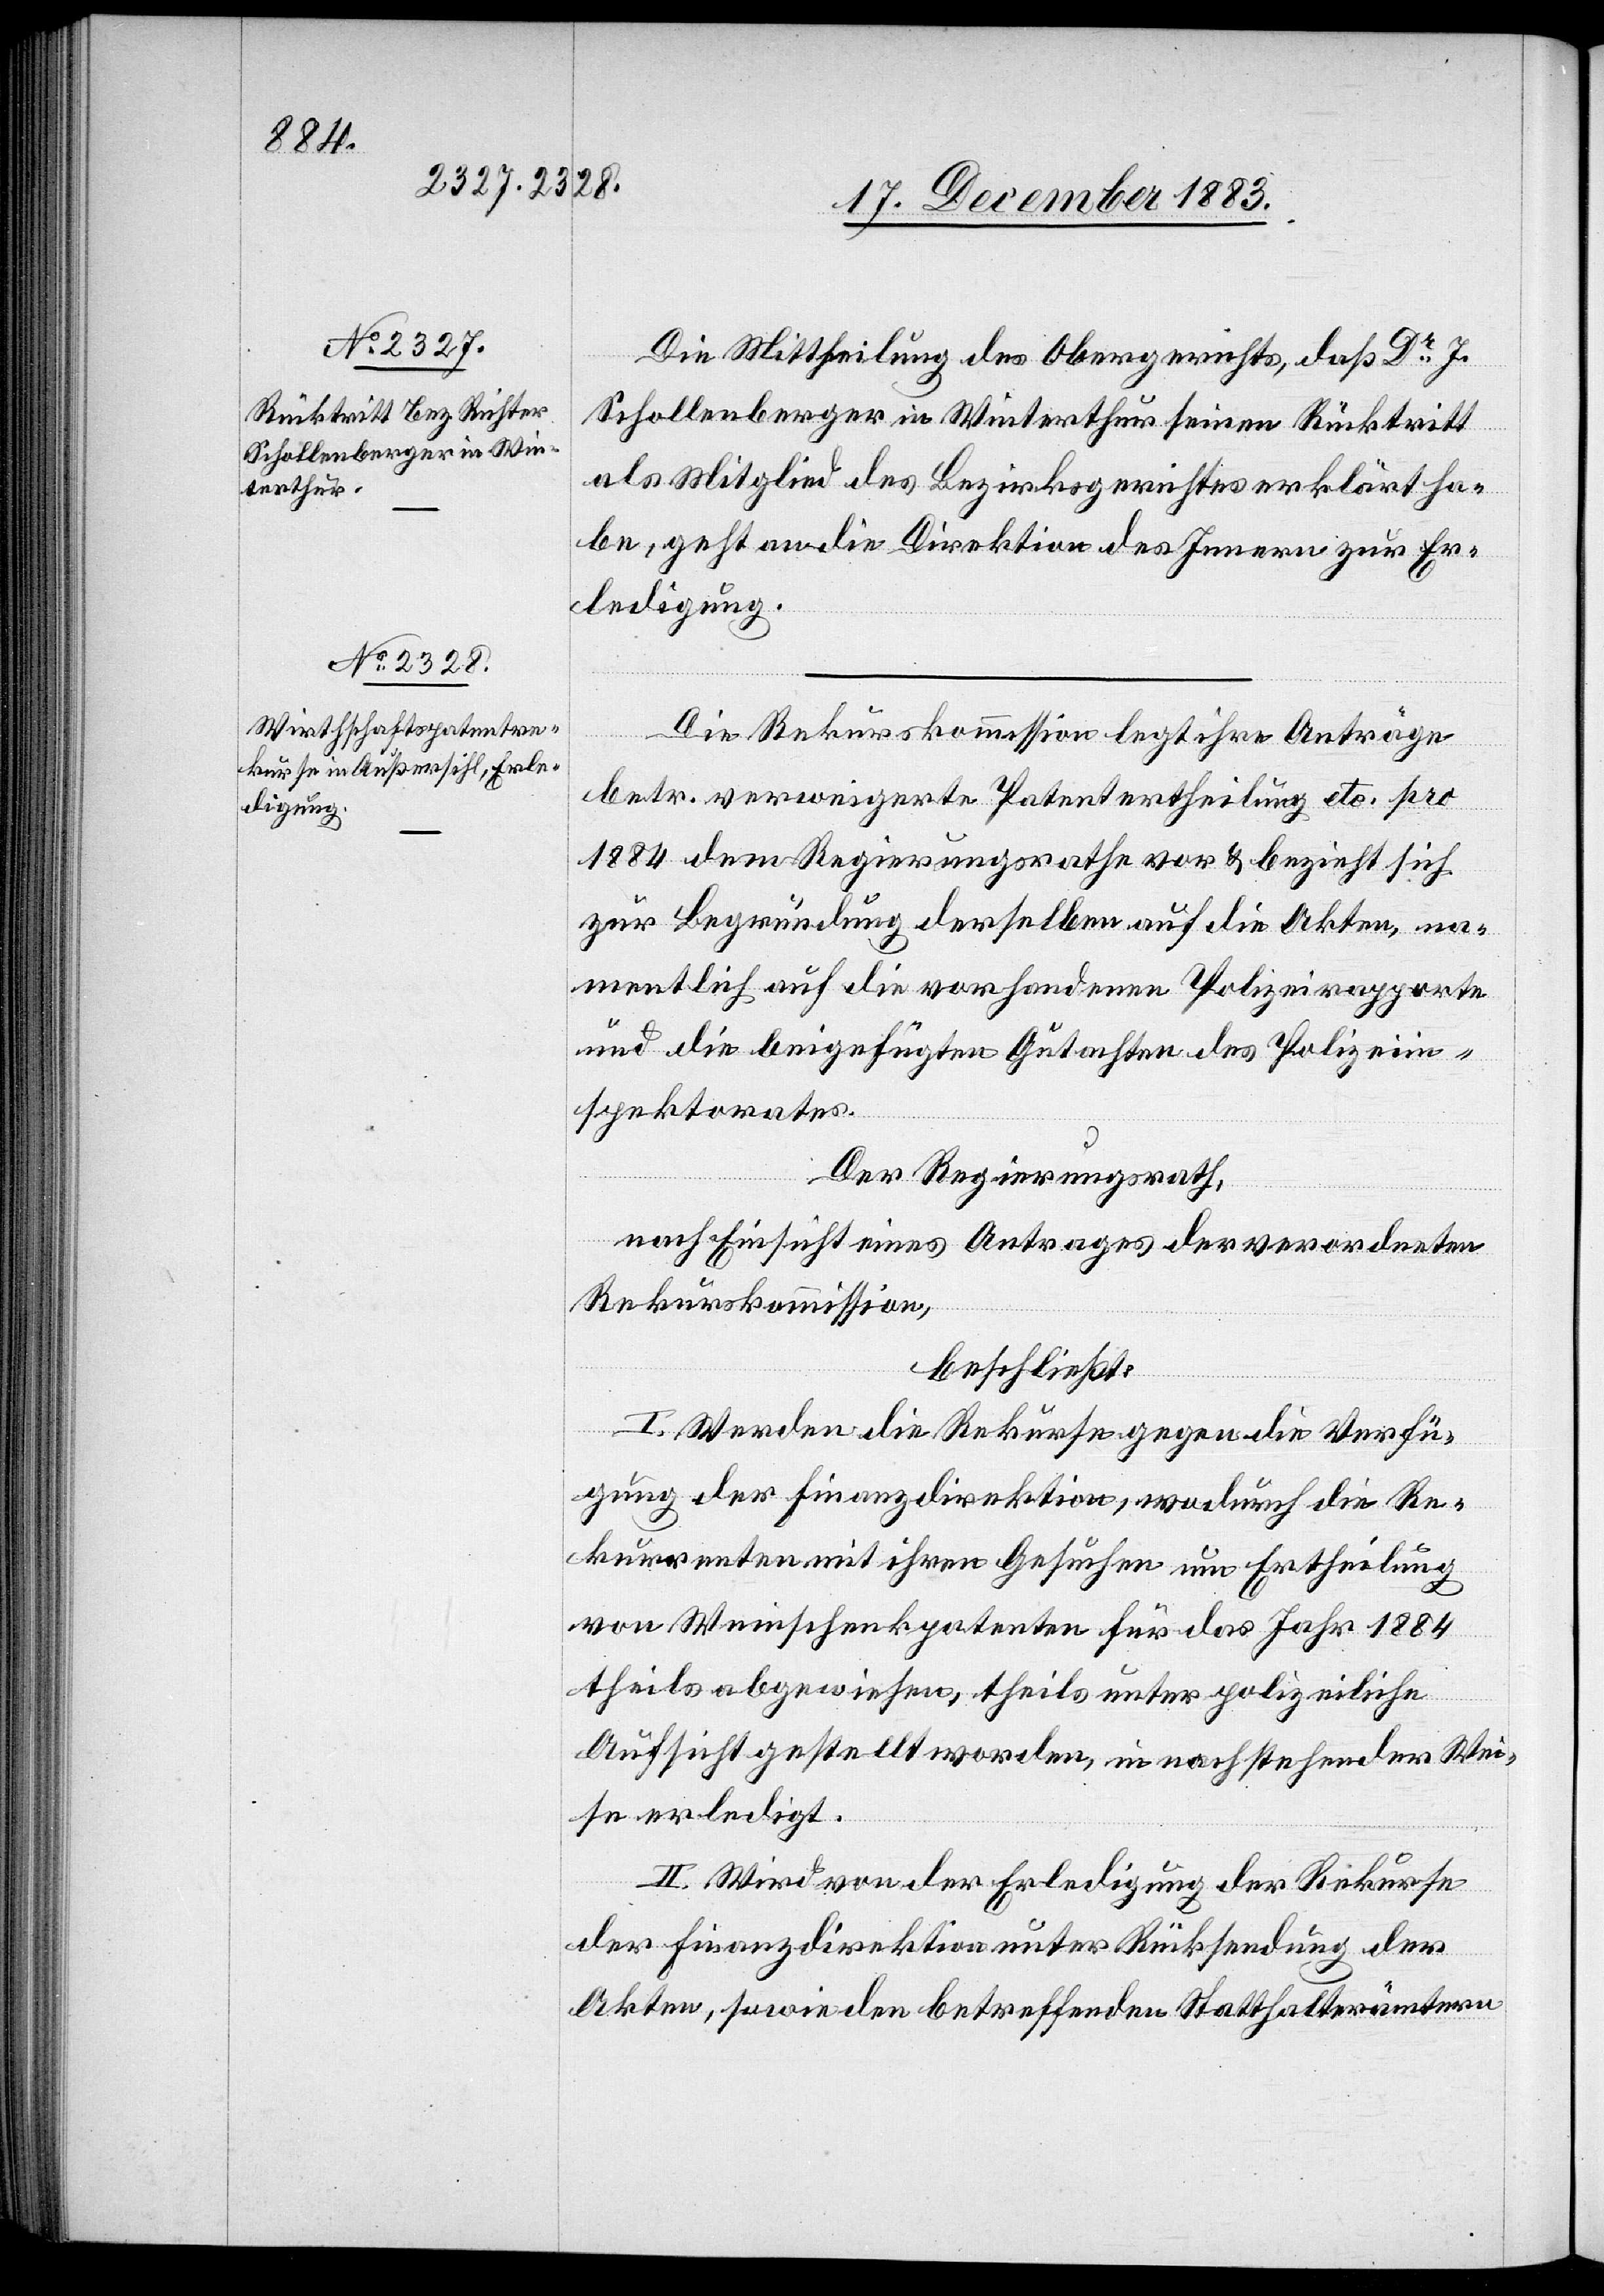
Die Mittheilung des Obergerichtes, daß Dr J.
Schollenberger in Winterthur seinen Rücktritt
als Mitglied des Bezirksgerichtes erklärt ha¬
be, geht an die Direktion des Innern zur Er¬
ledigung.
Die Rekurskommission legt ihre Anträge
betr. verweigerte Patentertheilung etc. pro
1884 dem Regierungsrathe vor & bezieht sich
zur Begründung derselben auf die Akten, na¬
mentlich auf die vorhandenen Polizeirapporte
und die beigefügten Gutachten des Polizeiin¬
spektorates.
Der Regierungsrath,
nach Einsicht eines Antrages der verordneten
Rekurskommission,
beschließt:
I. Werden die Rekurse gegen die Verfü¬
gung der Finanzdirektion, wodurch die Re¬
kurrenten mit ihren Gesuchen um Ertheilung
von Weinschenkpatenten für das Jahr 1884
theils abgewiesen, theils unter polizeiliche
Aufsicht gestellt worden, in nachstehender Wei¬
se erledigt.
II. Wird von der Erledigung der Rekurse
der Finanzdirektion unter Rücksendung der
Akten, sowie den betreffenden Statthalterämtern